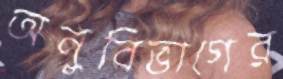
অনুবিভাগের